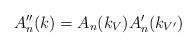
LaTeX: \begin{align*} A''_n(k) = A_n(k_V) A'_n(k_{V'}) \end{align*}